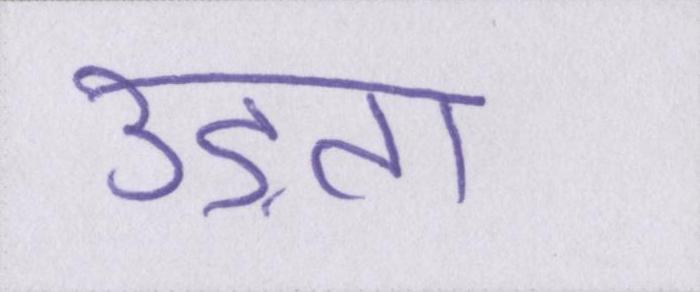
उड़ता